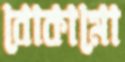
বোকামো